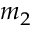
m _ { 2 }